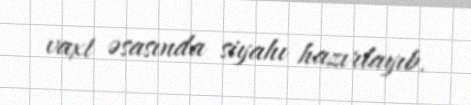
vaxt əsasında siyahı hazırlayıb.